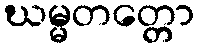
ဃမ္မတတ္တော